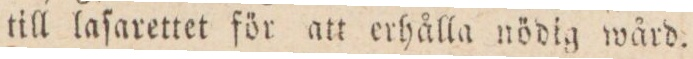
till laſarettet för att erhålla nödig wård.